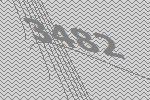
3482